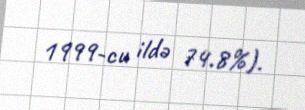
1999-cu ildə 74.8%).